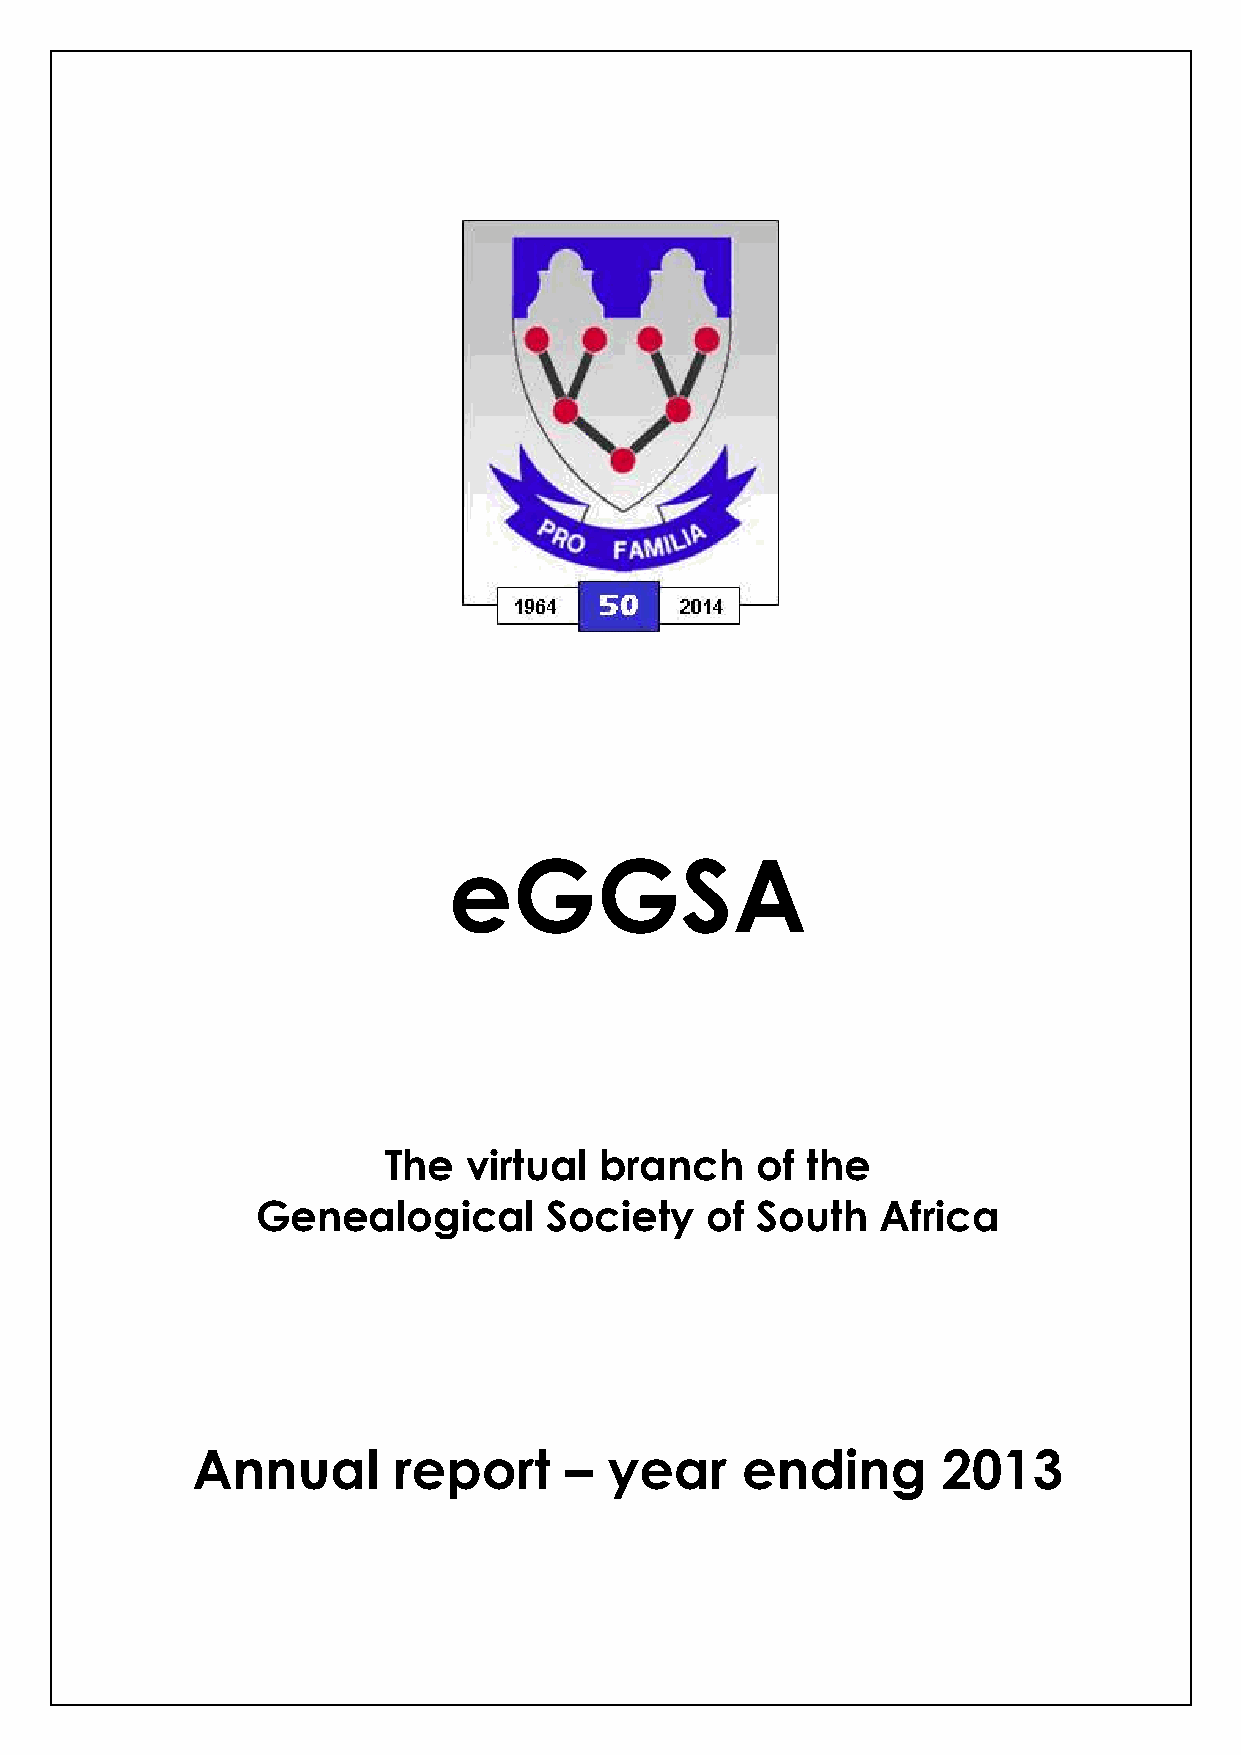
eGGSA
 The   virtual  branch    of the
 Genealogical       Society    of South   Africa
 Annual       report     –  year     ending       2013